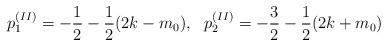
LaTeX: \begin{align*}p^{(II)}_1=-\frac{1}{2}-\frac{1}{2}(2k-m_0),~~p^{(II)}_2=-\frac{3}{2}-\frac{1}{2}(2k+m_0)\end{align*}